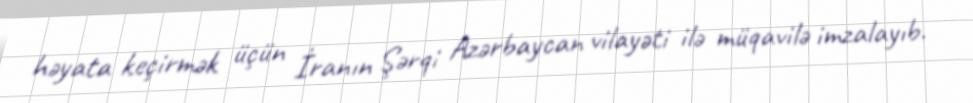
həyata keçirmək üçün İranın Şərqi Azərbaycan vilayəti ilə müqavilə imzalayıb.